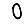
Digit: 0